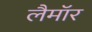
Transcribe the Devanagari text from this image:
लैमॉर